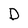
Character: D